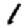
Digit: 1